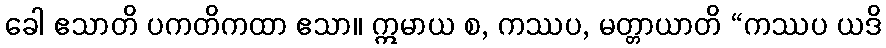
ခေါ ဧသာတိ ပကတိကထာ ဧသာ။ ဣမာယ စ, ကဿပ, မတ္တာယာတိ “ကဿပ ယဒိ